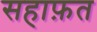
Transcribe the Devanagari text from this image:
सहाफ़त